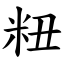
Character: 粈